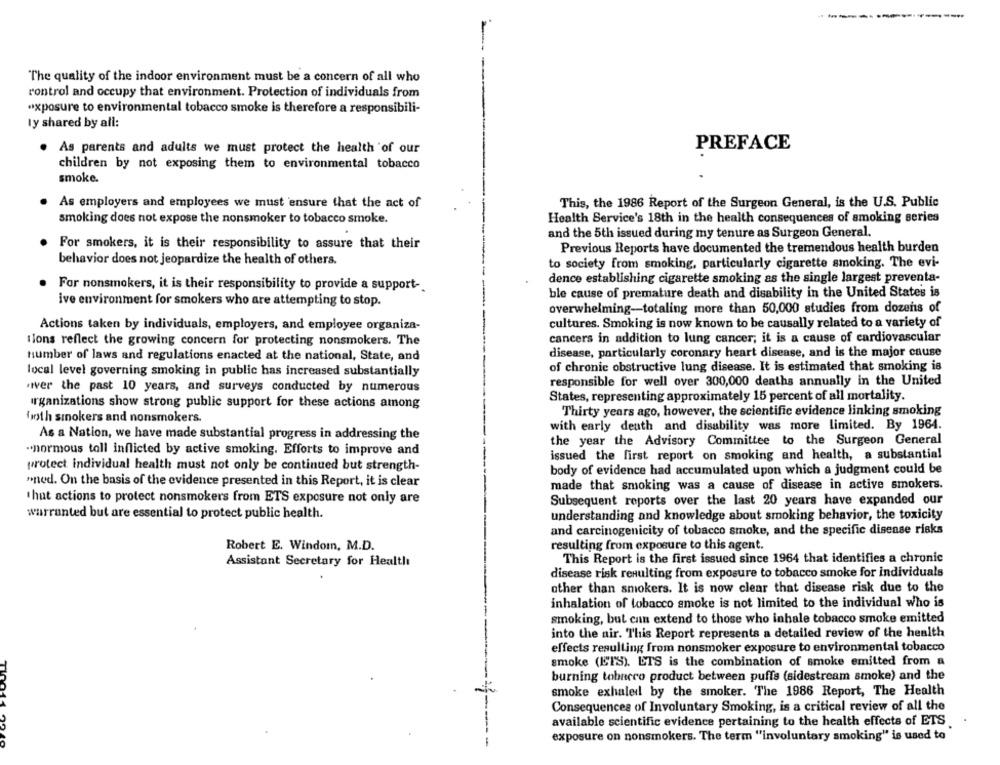
The quality of the indoor environment must be a concern of all who
control and occupy that environment. Protection of individuals from
exposure to environmental tobacco smoke is therefore a responsibili-
ly shared by all:
As parents and adults we must protect the health of our
PREFACE
children by not exposing them to environmental tobacco
smoke.
As employers and employees we must ensure that the act of
This, the 1986 Report of the Surgeon General, is the U.S. Public
smoking does not expose the nonsmoker to tobacco smoke.
Health Service's 18th in the health consequences of smoking series
and the 5th issued during my tenure as Surgeon General.
For smokers, it is their responsibility to assure that their
Previous Reports have documented the tremendous health burden
behavior does not jeopardize the health of others.
to society from smoking, particularly cigarette smoking. The evi-
dence establishing cigarette smoking as the single largest preventa-
For nonsmokers, it is their responsibility to provide a support-
ble cause of premature death and disability in the United States is
ive environment for smokers who are attempting to stop.
overwhelming-totaling more than 50,000 studies from dozens of
Actions taken by individuals, employers, and employee organiza-
cultures. Smoking is now known to be causally related to a variety of
tions reflect the growing concern for protecting nonsmokers. The
cancers in addition to lung cancer; it is a cause of cardiovascular
disease, particularly coronary heart disease, and is the major cause
humber of laws and regulations enacted at the national, State, and
of chronic obstructive lung disease. It is estimated that smoking is
local level governing smoking in public has increased substantially
responsible for well over 300,000 deaths annually in the United
ver the past 10 years, and surveys conducted by numerous
States, representing approximately 15 percent of all mortality.
organizations show strong public support for these actions among
Thirty years ago, however, the scientific evidence linking smoking
both smokers and nonsmokers.
with early death and disability was more limited. By 1964.
As a Nation, we have made substantial progress in addressing the
the year the Advisory Committee to the Surgeon General
"normous toll inflicted by active smoking. Efforts to improve and
issued the first report on smoking and health, a substantial
protect individual health must not only be continued but strength-
body of evidence had accumulated upon which a judgment could be
"ned. On the basis of the evidence presented in this Report, it is clear
made that smoking was a cause of disease in active smokers.
that actions to protect nonsmokers from ETS exposure not only are
Subsequent reports over the last 20 years have expanded our
warranted but are essential to protect public health.
understanding and knowledge about smoking behavior, the toxicity
and carcinogenicity of tobacco smoke, and the specific disense risks
Robert E. Windom, M.D.
resulting from exposure to this agent.
Assistant Secretary for Health
This Report is the first issued since 1964 that identifies a chronic
disease risk resulting from exposure to tobacco smoke for individuals
other than smokers. It is now clear that disease risk due to the
inhalation of tobacco smoke is not limited to the individual who is
smoking, but can extend to those who inhale tobacco smoke emitted
into the air. This Report represents a detailed review of the health
effects resulting from nonsmoker exposure to environmental tobacco
smoke (ETS). ETS is the combination of smoke emitted from a
burning tobnero product between puffs (sidestream smoke) and the
smoke exhaled by the smoker. The 1986 Report, The Health
Consequences of Involuntary Smoking, is a critical review of all the
available scientific evidence pertaining to the health effects of ETS
exposure on nonsmokers. The term "involuntary smoking" is used to